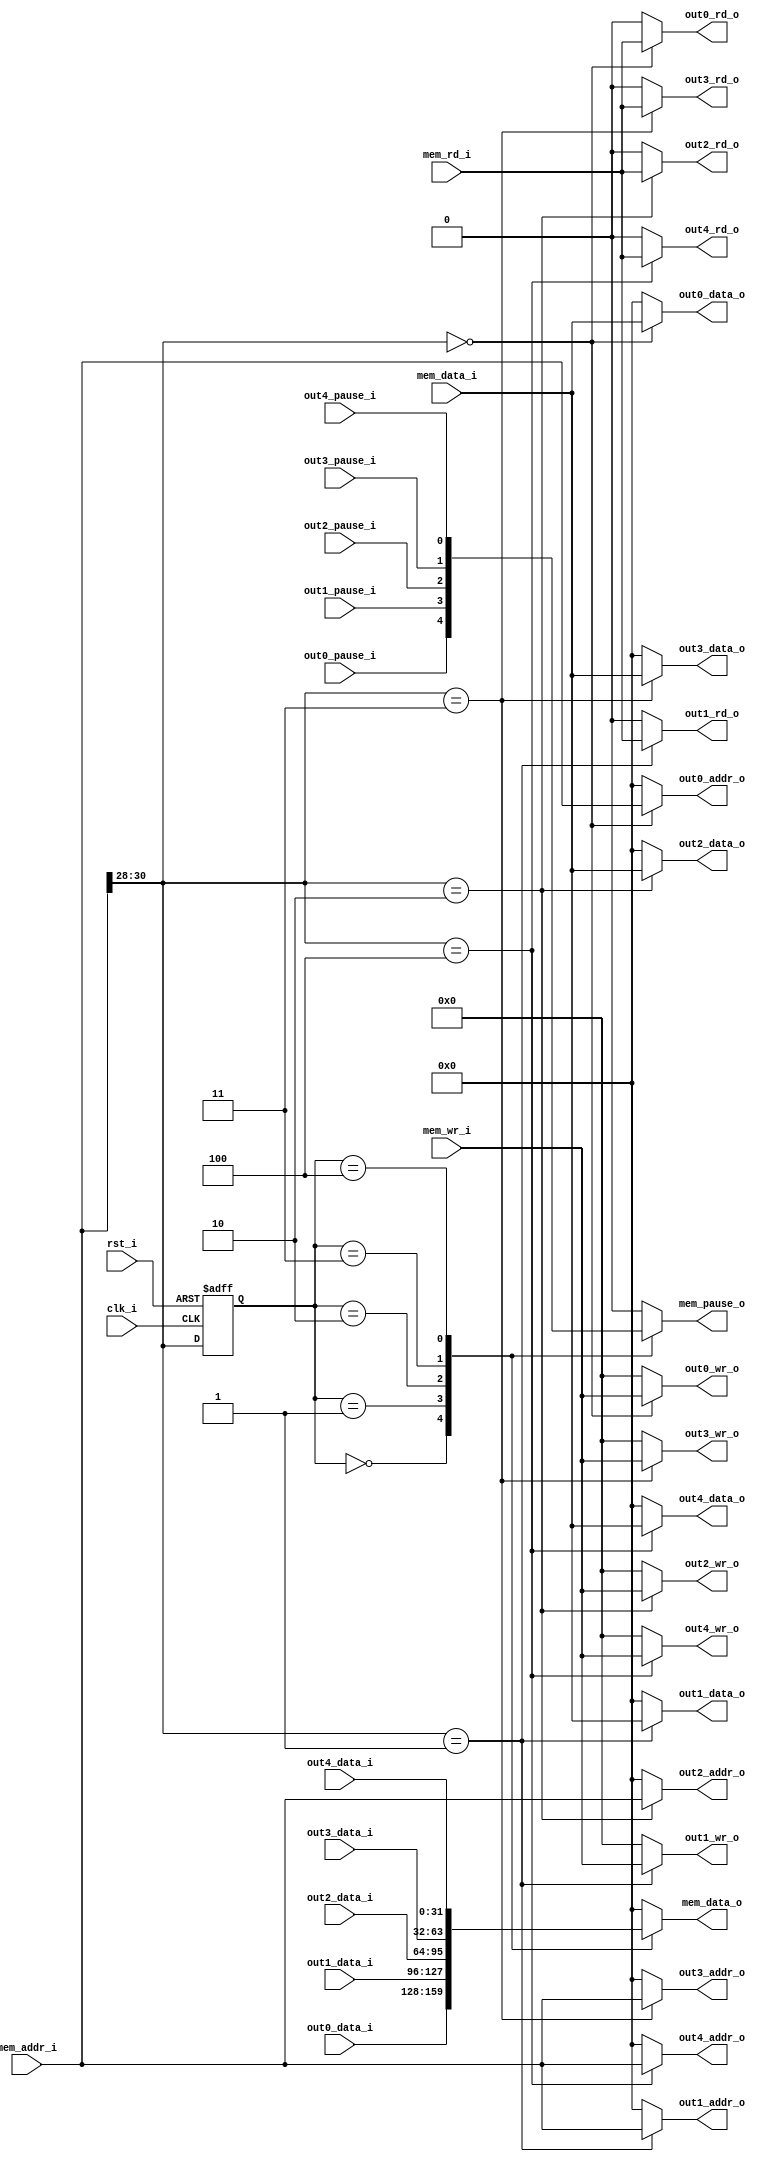
//-----------------------------------------------------------------
//                           AltOR32 
//              Alternative Lightweight OpenRisc 
//                            V0.1
//                     Ultra-Embedded.com
//                   Copyright 2011 - 2012
//
//
//                       License: LGPL
//
// If you would like a version with a different license for use 
// in commercial projects please contact the above email address 
// for more details.
//-----------------------------------------------------------------
//
// Copyright (C) 2011 - 2012 Ultra-Embedded.com
//
// This source file may be used and distributed without         
// restriction provided that this copyright statement is not    
// removed from the file and that any derivative work contains  
// the original copyright notice and the associated disclaimer. 
//
// This source file is free software; you can redistribute it   
// and/or modify it under the terms of the GNU Lesser General   
// Public License as published by the Free Software Foundation; 
// either version 2.1 of the License, or (at your option) any   
// later version.                                               
//
// This source is distributed in the hope that it will be       
// useful, but WITHOUT ANY WARRANTY; without even the implied   
// warranty of MERCHANTABILITY or FITNESS FOR A PARTICULAR      
// PURPOSE.  See the GNU Lesser General Public License for more 
// details.                                                     
//
// You should have received a copy of the GNU Lesser General    
// Public License along with this source; if not, write to the 
// Free Software Foundation, Inc., 59 Temple Place, Suite 330, 
// Boston, MA  02111-1307  USA              
//-----------------------------------------------------------------

//-----------------------------------------------------------------
// Module:
//-----------------------------------------------------------------
module mem_mux 
( 
    // General
    clk_i, 
    rst_i, 
    
    // Input
    mem_addr_i, 
    mem_data_i, 
    mem_data_o, 
    mem_wr_i, 
    mem_rd_i,     
    mem_pause_o, 
    
    // Outputs
    out0_addr_o, 
    out0_data_o, 
    out0_data_i, 
    out0_wr_o, 
    out0_rd_o, 
    out0_pause_i, 
    
    out1_addr_o, 
    out1_data_o, 
    out1_data_i, 
    out1_wr_o, 
    out1_rd_o, 
    out1_pause_i, 
    
    out2_addr_o, 
    out2_data_o, 
    out2_data_i, 
    out2_wr_o, 
    out2_rd_o, 
    out2_pause_i, 
    
    out3_addr_o, 
    out3_data_o, 
    out3_data_i, 
    out3_wr_o, 
    out3_rd_o, 
    out3_pause_i,
    
    out4_addr_o, 
    out4_data_o, 
    out4_data_i, 
    out4_wr_o, 
    out4_rd_o, 
    out4_pause_i    
);

//-----------------------------------------------------------------
// Params
//-----------------------------------------------------------------
parameter           BOOT_VECTOR         = 0;
    
//-----------------------------------------------------------------
// I/O
//-----------------------------------------------------------------     
input               clk_i /*verilator public*/;
input               rst_i /*verilator public*/;
input [31:0]        mem_addr_i /*verilator public*/;
input [31:0]        mem_data_i /*verilator public*/;
output [31:0]       mem_data_o /*verilator public*/;
input [3:0]         mem_wr_i /*verilator public*/;
input               mem_rd_i /*verilator public*/;
output              mem_pause_o /*verilator public*/;
output [31:0]       out0_addr_o /*verilator public*/;
output [31:0]       out0_data_o /*verilator public*/;
input [31:0]        out0_data_i /*verilator public*/;
output [3:0]        out0_wr_o /*verilator public*/;
output              out0_rd_o /*verilator public*/;
input               out0_pause_i /*verilator public*/;
output [31:0]       out1_addr_o /*verilator public*/;
output [31:0]       out1_data_o /*verilator public*/;
input [31:0]        out1_data_i /*verilator public*/;
output [3:0]        out1_wr_o /*verilator public*/;
output              out1_rd_o /*verilator public*/;
input               out1_pause_i /*verilator public*/;
output [31:0]       out2_addr_o /*verilator public*/;
output [31:0]       out2_data_o /*verilator public*/;
input [31:0]        out2_data_i /*verilator public*/;
output [3:0]        out2_wr_o /*verilator public*/;
output              out2_rd_o /*verilator public*/;
input               out2_pause_i /*verilator public*/;
output [31:0]       out3_addr_o /*verilator public*/;
output [31:0]       out3_data_o /*verilator public*/;
input [31:0]        out3_data_i /*verilator public*/;
output [3:0]        out3_wr_o /*verilator public*/;
output              out3_rd_o /*verilator public*/;
input               out3_pause_i /*verilator public*/;
output [31:0]       out4_addr_o /*verilator public*/;
output [31:0]       out4_data_o /*verilator public*/;
input [31:0]        out4_data_i /*verilator public*/;
output [3:0]        out4_wr_o /*verilator public*/;
output              out4_rd_o /*verilator public*/;
input               out4_pause_i /*verilator public*/;

//-----------------------------------------------------------------
// Registers
//-----------------------------------------------------------------
reg [2:0]           r_mem_sel;

// Output Signals
reg                 mem_pause_o;
reg [31:0]          mem_data_o;
reg [31:0]          out0_addr_o;
reg [31:0]          out0_data_o;
reg [3:0]           out0_wr_o;
reg                 out0_rd_o;
reg [31:0]          out1_addr_o;
reg [31:0]          out1_data_o;
reg [3:0]           out1_wr_o;
reg                 out1_rd_o;
reg [31:0]          out2_addr_o;
reg [31:0]          out2_data_o;
reg [3:0]           out2_wr_o;
reg                 out2_rd_o;
reg [31:0]          out3_addr_o;
reg [31:0]          out3_data_o;
reg [3:0]           out3_wr_o;
reg                 out3_rd_o;
reg [31:0]          out4_addr_o;
reg [31:0]          out4_data_o;
reg [3:0]           out4_wr_o;
reg                 out4_rd_o;

//-----------------------------------------------------------------
// Memory Map
//-----------------------------------------------------------------   
always @ (mem_addr_i or mem_wr_i or mem_rd_i or mem_data_i )
begin 
   case (mem_addr_i[30:28])
   
   3'b000 : 
   begin 
       out0_addr_o      = mem_addr_i;
       out0_wr_o        = mem_wr_i;
       out0_rd_o        = mem_rd_i;
       out0_data_o      = mem_data_i;
       
       out1_addr_o      = 32'h00000000;
       out1_wr_o        = 4'b0000;
       out1_rd_o        = 1'b0;
       out1_data_o      = 32'h00000000;       
       
       out2_addr_o      = 32'h00000000;
       out2_wr_o        = 4'b0000;
       out2_rd_o        = 1'b0;
       out2_data_o      = 32'h00000000;
       
       out3_addr_o      = 32'h00000000;
       out3_wr_o        = 4'b0000;
       out3_rd_o        = 1'b0;
       out3_data_o      = 32'h00000000;
       
       out4_addr_o      = 32'h00000000;
       out4_wr_o        = 4'b0000;
       out4_rd_o        = 1'b0;
       out4_data_o      = 32'h00000000;       
   end
   
   3'b001 : 
   begin 
       out0_addr_o      = 32'h00000000;
       out0_wr_o        = 4'b0000;
       out0_rd_o        = 1'b0;
       out0_data_o      = 32'h00000000;
       
       out1_addr_o      = mem_addr_i;
       out1_wr_o        = mem_wr_i;
       out1_rd_o        = mem_rd_i;
       out1_data_o      = mem_data_i;       
       
       out2_addr_o      = 32'h00000000;
       out2_wr_o        = 4'b0000;
       out2_rd_o        = 1'b0;
       out2_data_o      = 32'h00000000;
       
       out3_addr_o      = 32'h00000000;
       out3_wr_o        = 4'b0000;
       out3_rd_o        = 1'b0;
       out3_data_o      = 32'h00000000;
       
       out4_addr_o      = 32'h00000000;
       out4_wr_o        = 4'b0000;
       out4_rd_o        = 1'b0;
       out4_data_o      = 32'h00000000;         
   end
       
   3'b010 : 
   begin 
       out0_addr_o      = 32'h00000000;
       out0_wr_o        = 4'b0000;
       out0_rd_o        = 1'b0;
       out0_data_o      = 32'h00000000;
       
       out1_addr_o      = 32'h00000000;
       out1_wr_o        = 4'b0000;
       out1_rd_o        = 1'b0;
       out1_data_o      = 32'h00000000;       
       
       out2_addr_o      = mem_addr_i;
       out2_wr_o        = mem_wr_i;
       out2_rd_o        = mem_rd_i;
       out2_data_o      = mem_data_i;
       
       out3_addr_o      = 32'h00000000;
       out3_wr_o        = 4'b0000;
       out3_rd_o        = 1'b0;
       out3_data_o      = 32'h00000000;
       
       out4_addr_o      = 32'h00000000;
       out4_wr_o        = 4'b0000;
       out4_rd_o        = 1'b0;
       out4_data_o      = 32'h00000000;         
   end
   
   3'b011 : 
   begin 
       out0_addr_o      = 32'h00000000;
       out0_wr_o        = 4'b0000;
       out0_rd_o        = 1'b0;
       out0_data_o      = 32'h00000000;
       
       out1_addr_o      = 32'h00000000;
       out1_wr_o        = 4'b0000;
       out1_rd_o        = 1'b0;
       out1_data_o      = 32'h00000000;       
       
       out2_addr_o      = 32'h00000000;
       out2_wr_o        = 4'b0000;
       out2_rd_o        = 1'b0;
       out2_data_o      = 32'h00000000;
       
       out3_addr_o      = mem_addr_i;
       out3_wr_o        = mem_wr_i;
       out3_rd_o        = mem_rd_i;
       out3_data_o      = mem_data_i;
       
       out4_addr_o      = 32'h00000000;
       out4_wr_o        = 4'b0000;
       out4_rd_o        = 1'b0;
       out4_data_o      = 32'h00000000;         
   end
   
   3'b100 : 
   begin 
       out0_addr_o      = 32'h00000000;
       out0_wr_o        = 4'b0000;
       out0_rd_o        = 1'b0;
       out0_data_o      = 32'h00000000;
       
       out1_addr_o      = 32'h00000000;
       out1_wr_o        = 4'b0000;
       out1_rd_o        = 1'b0;
       out1_data_o      = 32'h00000000;       
       
       out2_addr_o      = 32'h00000000;
       out2_wr_o        = 4'b0000;
       out2_rd_o        = 1'b0;
       out2_data_o      = 32'h00000000;
       
       out3_addr_o      = 32'h00000000;
       out3_wr_o        = 4'b0000;
       out3_rd_o        = 1'b0;
       out3_data_o      = 32'h00000000;
       
       out4_addr_o      = mem_addr_i;
       out4_wr_o        = mem_wr_i;
       out4_rd_o        = mem_rd_i;
       out4_data_o      = mem_data_i;       
   end   
   
   default : 
   begin 
       out0_addr_o      = 32'h00000000;
       out0_wr_o        = 4'b0000;
       out0_rd_o        = 1'b0;
       out0_data_o      = 32'h00000000;
       
       out1_addr_o      = 32'h00000000;
       out1_wr_o        = 4'b0000;
       out1_rd_o        = 1'b0;
       out1_data_o      = 32'h00000000;       
       
       out2_addr_o      = 32'h00000000;
       out2_wr_o        = 4'b0000;
       out2_rd_o        = 1'b0;
       out2_data_o      = 32'h00000000;
       
       out3_addr_o      = 32'h00000000;
       out3_wr_o        = 4'b0000;
       out3_rd_o        = 1'b0;
       out3_data_o      = 32'h00000000;
       
       out4_addr_o      = 32'h00000000;
       out4_wr_o        = 4'b0000;
       out4_rd_o        = 1'b0;
       out4_data_o      = 32'h00000000;         
   end
   endcase
end
   
//-----------------------------------------------------------------
// Read Port
//-----------------------------------------------------------------   
always @ ( r_mem_sel or 
            out0_data_i or out0_pause_i or 
            out1_data_i or out1_pause_i or 
            out2_data_i or out2_pause_i or 
            out3_data_i or out3_pause_i or 
            out4_data_i or out4_pause_i )
begin 
   case (r_mem_sel)
   
   3'b000 : 
   begin 
       mem_data_o   = out0_data_i;
       mem_pause_o  = out0_pause_i;
   end
   
   3'b001 : 
   begin 
       mem_data_o   = out1_data_i;
       mem_pause_o  = out1_pause_i;
   end
   
   3'b010 : 
   begin 
       mem_data_o   = out2_data_i;
       mem_pause_o  = out2_pause_i;
   end
   
   3'b011 : 
   begin 
       mem_data_o   = out3_data_i;
       mem_pause_o  = out3_pause_i;
   end
   
   3'b100 : 
   begin 
       mem_data_o   = out4_data_i;
       mem_pause_o  = out4_pause_i;
   end   
   
   default : 
   begin 
       mem_data_o   = 32'h00000000;
       mem_pause_o  = 1'b0;
   end
   endcase
end
   
//-----------------------------------------------------------------
// Registered device select
//----------------------------------------------------------------- 
reg [31:0] v_mem_sel;
  
always @ (posedge clk_i or posedge rst_i )
begin
   if (rst_i == 1'b1)
   begin 
       v_mem_sel = BOOT_VECTOR;
       r_mem_sel <= v_mem_sel[30:28];
   end
   else 
       r_mem_sel <= mem_addr_i[30:28];
end
   
endmodule